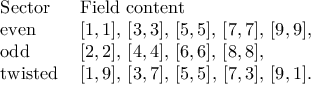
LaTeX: \begin{array} { l l } { { \mathrm { S e c t o r } \ \ } } & { { \mathrm { F i e l d ~ c o n t e n t } } } \\ { { \mathrm { e v e n } } } & { { [ 1 , 1 ] , \, [ 3 , 3 ] , \, [ 5 , 5 ] , \, [ 7 , 7 ] , \, [ 9 , 9 ] , \, } } \\ { { \mathrm { o d d } } } & { { [ 2 , 2 ] , \, [ 4 , 4 ] , \, [ 6 , 6 ] , \, [ 8 , 8 ] , \, } } \\ { { \mathrm { t w i s t e d } } } & { { [ 1 , 9 ] , \, [ 3 , 7 ] , \, [ 5 , 5 ] , \, [ 7 , 3 ] , \, [ 9 , 1 ] . } } \end{array}